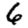
Digit: 6